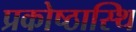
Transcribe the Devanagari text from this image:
प्रकोष्ठास्थि